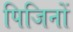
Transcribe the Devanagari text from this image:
पिजिनों